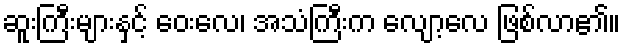
ဆူးကြီးများနှင့် ဝေးလေ၊ အသံကြီးက လျော့လေ ဖြစ်လာ၏။